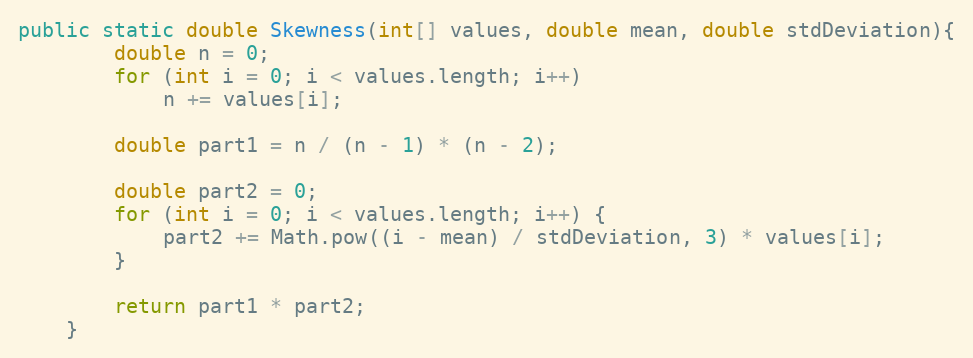
Language: Java
public static double Skewness(int[] values, double mean, double stdDeviation){
        double n = 0;
        for (int i = 0; i < values.length; i++)
            n += values[i];

        double part1 = n / (n - 1) * (n - 2);

        double part2 = 0;
        for (int i = 0; i < values.length; i++) {
            part2 += Math.pow((i - mean) / stdDeviation, 3) * values[i];
        }

        return part1 * part2;
    }